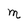
Character: m